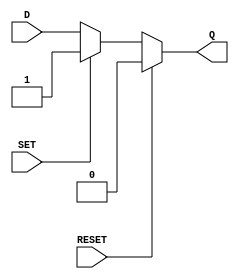
module async_register (
    input wire D,        // Data input
    input wire SET,      // Asynchronous set signal
    input wire RESET,    // Asynchronous reset signal
    output reg Q         // Output
);

// Always block to describe asynchronous behavior
always @* begin
    if (RESET) begin
        Q = 1'b0;        // Set output to 0 on RESET
    end else if (SET) begin
        Q = 1'b1;        // Set output to 1 on SET
    end else begin
        Q = D;           // Otherwise, output follows data input D
    end
end

endmodule